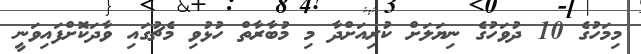
މިމަހުގެ 10 ދުވަހުގެ ނިޔަލަށް ކުރިއަށްދާ މި މުބާރާތް ހުޅުވި މެޗުގައި ވާދަކޮށްފައިވަނީ